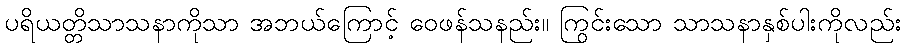
ပရိယတ္တိသာသနာကိုသာ အဘယ်ကြောင့် ဝေဖန်သနည်း။ ကြွင်းသော သာသနာနှစ်ပါးကိုလည်း